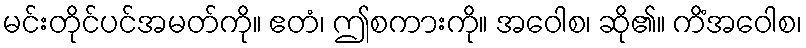
မင်းတိုင်ပင်အမတ်ကို။ ဧတံ၊ ဤစကားကို။ အဝေါစ၊ ဆို၏။ ကိံအဝေါစ၊